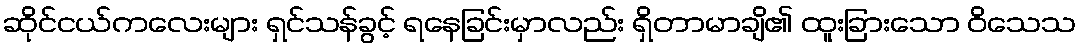
ဆိုင်ငယ်ကလေးများ ရှင်သန်ခွင့် ရနေခြင်းမှာလည်း ရှိတာမာချိ၏ ထူးခြားသော ဝိသေသ